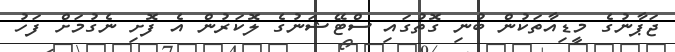
ޖަޕާނުގެ މީޑިއާތަކުން ބުނި ގޮތުގައި ސްޓޭޝަނުގެ ލޮކަރުން އެ ފޮށި ނެގުމަށް ފަހު